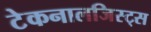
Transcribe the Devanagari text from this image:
टेकनालजिस्ट्‌स